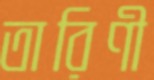
তারিণী